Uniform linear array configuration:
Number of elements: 32
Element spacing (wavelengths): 1
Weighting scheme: binomial
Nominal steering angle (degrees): -60
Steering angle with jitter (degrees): -59.161
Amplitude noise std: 0.05
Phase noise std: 0.05

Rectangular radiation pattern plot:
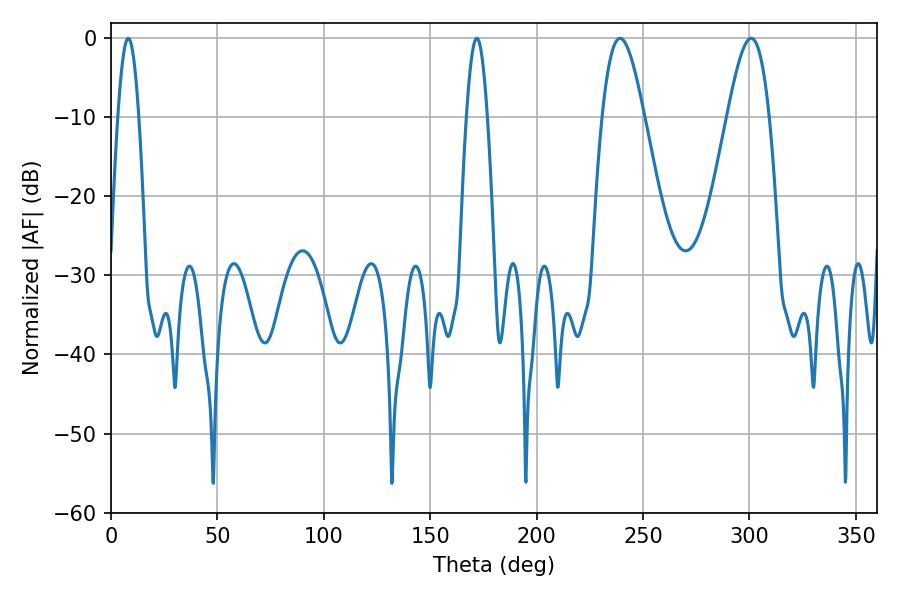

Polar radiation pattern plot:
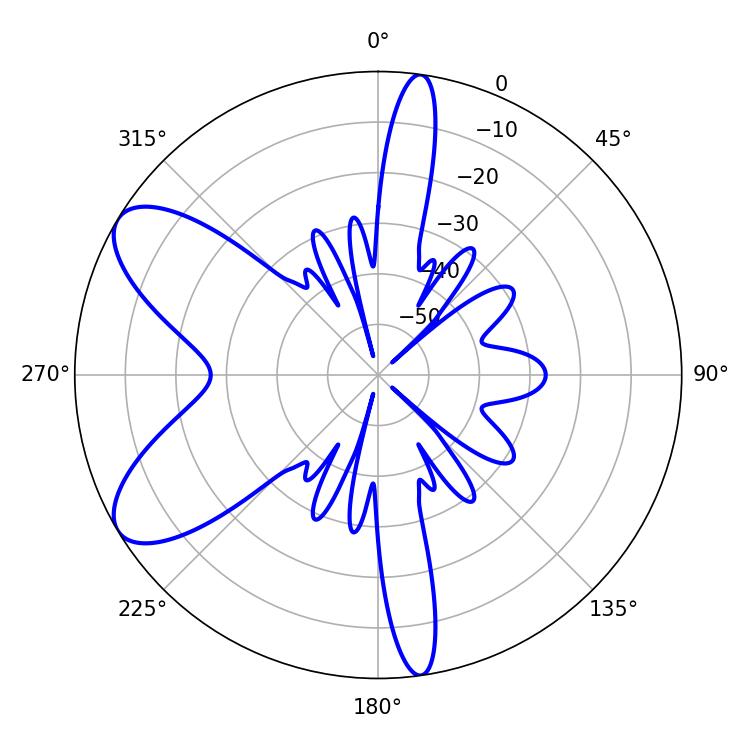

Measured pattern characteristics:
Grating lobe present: TRUE
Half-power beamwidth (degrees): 5.4
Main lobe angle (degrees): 171.9